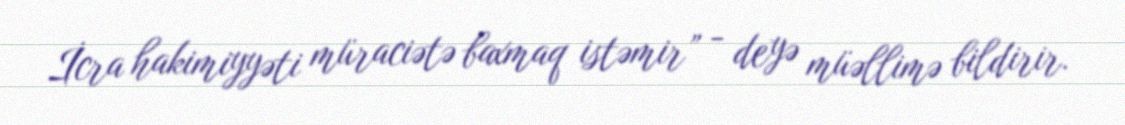
İcra hakimiyyəti müraciətə baxmaq istəmir” - deyə müəllimə bildirir.